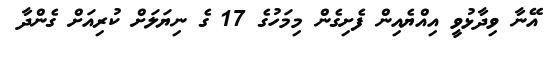
އޭނާ ވިދާޅުވީ އިއްޔެއިން ފެށިގެން މިމަހުގެ 17 ގެ ނިޔަލަށް ކުރިއަށް ގެންދާ